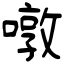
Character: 噋